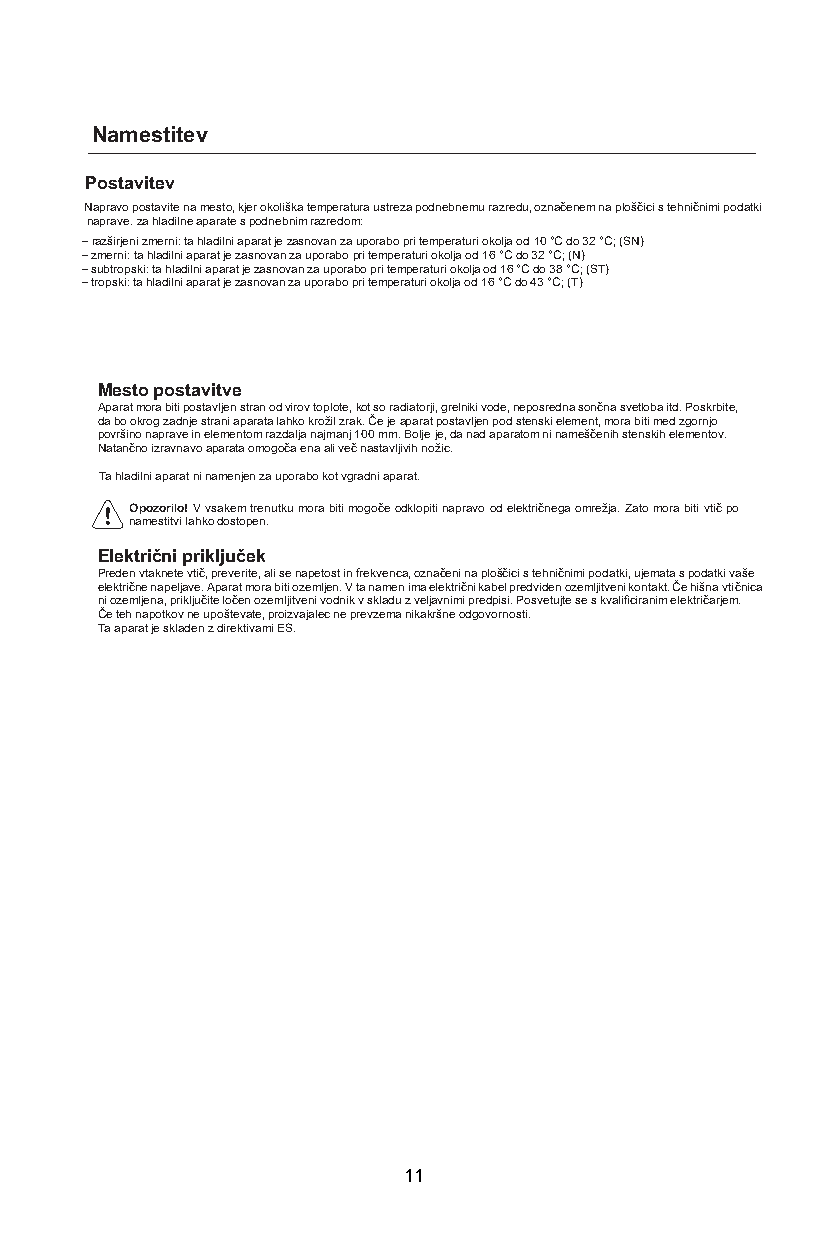
Namestitev
 Postavitev
 Napravo postavite na mesto, kjer okoliška temperatura ustreza podnebnemu razredu, označenem na ploščici s tehničnimi podatki
 naprave. za hladilne aparate s podnebnim razredom:
 – razširjeni zmerni: ta hladilni aparat je zasnovan za uporabo pri temperaturi okolja od 10 °C do 3 2 °C; (SN)
 – zmerni: ta hladilni aparat je zasnovan za uporabo pri temperaturi okolja od 16 °C do 32 °C; (N)
 – subtropski: ta hladilni aparat je zasnovan za uporabo pri temperaturi okolja od 16 °C do 38 °C; (ST)
 – tropski: ta hladilni aparat je zasnovan za uporabo pri temperaturi okolja od 16 °C do 43 °C; (T)
 Mesto postavitve
 Aparat mora biti postavljen stran od virov toplote, kot so radiatorji, grelniki vode, neposredna sončna svetloba itd. Poskrbite,
 da bo okrog zadnje strani aparata lahko krožil zrak. Če je aparat postavljen pod stenski element, mora biti med zgornjo
 površino naprave in elementom razdalja najmanj 100 mm. Bolje je, da nad aparatom ni nameščenih stenskih elementov.
 Natančno izravnavo aparata omogoča ena ali več nastavljivih nožic.
 Ta hladilni aparat ni namenjen za uporabo kot vgradni aparat.
 Opozorilo! V vsakem trenutku mora biti mogoče odklopiti napravo od električnega omrežja. Zato mora biti vtič po
 namestitvi lahko dostopen.
 Električni priključek
 Preden vtaknete vtič, preverite, ali se napetost in frekvenca, označeni na ploščici s tehničnimi podatki, ujemata s podatki vaše
 električne napeljave. Aparat mora biti ozemljen. V ta namen ima električni kabel predviden ozemljitveni kontakt. Če hišna vtičnica
 ni ozemljena, priključite ločen ozemljitveni vodnik v skladu z veljavnimi predpisi. Posvetujte se s kvalificiranim električarjem.
 Če teh napotkov ne upoštevate, proizvajalec ne prevzema nikakršne odgovornosti.
 Ta aparat je skladen z direktivami ES.
 11